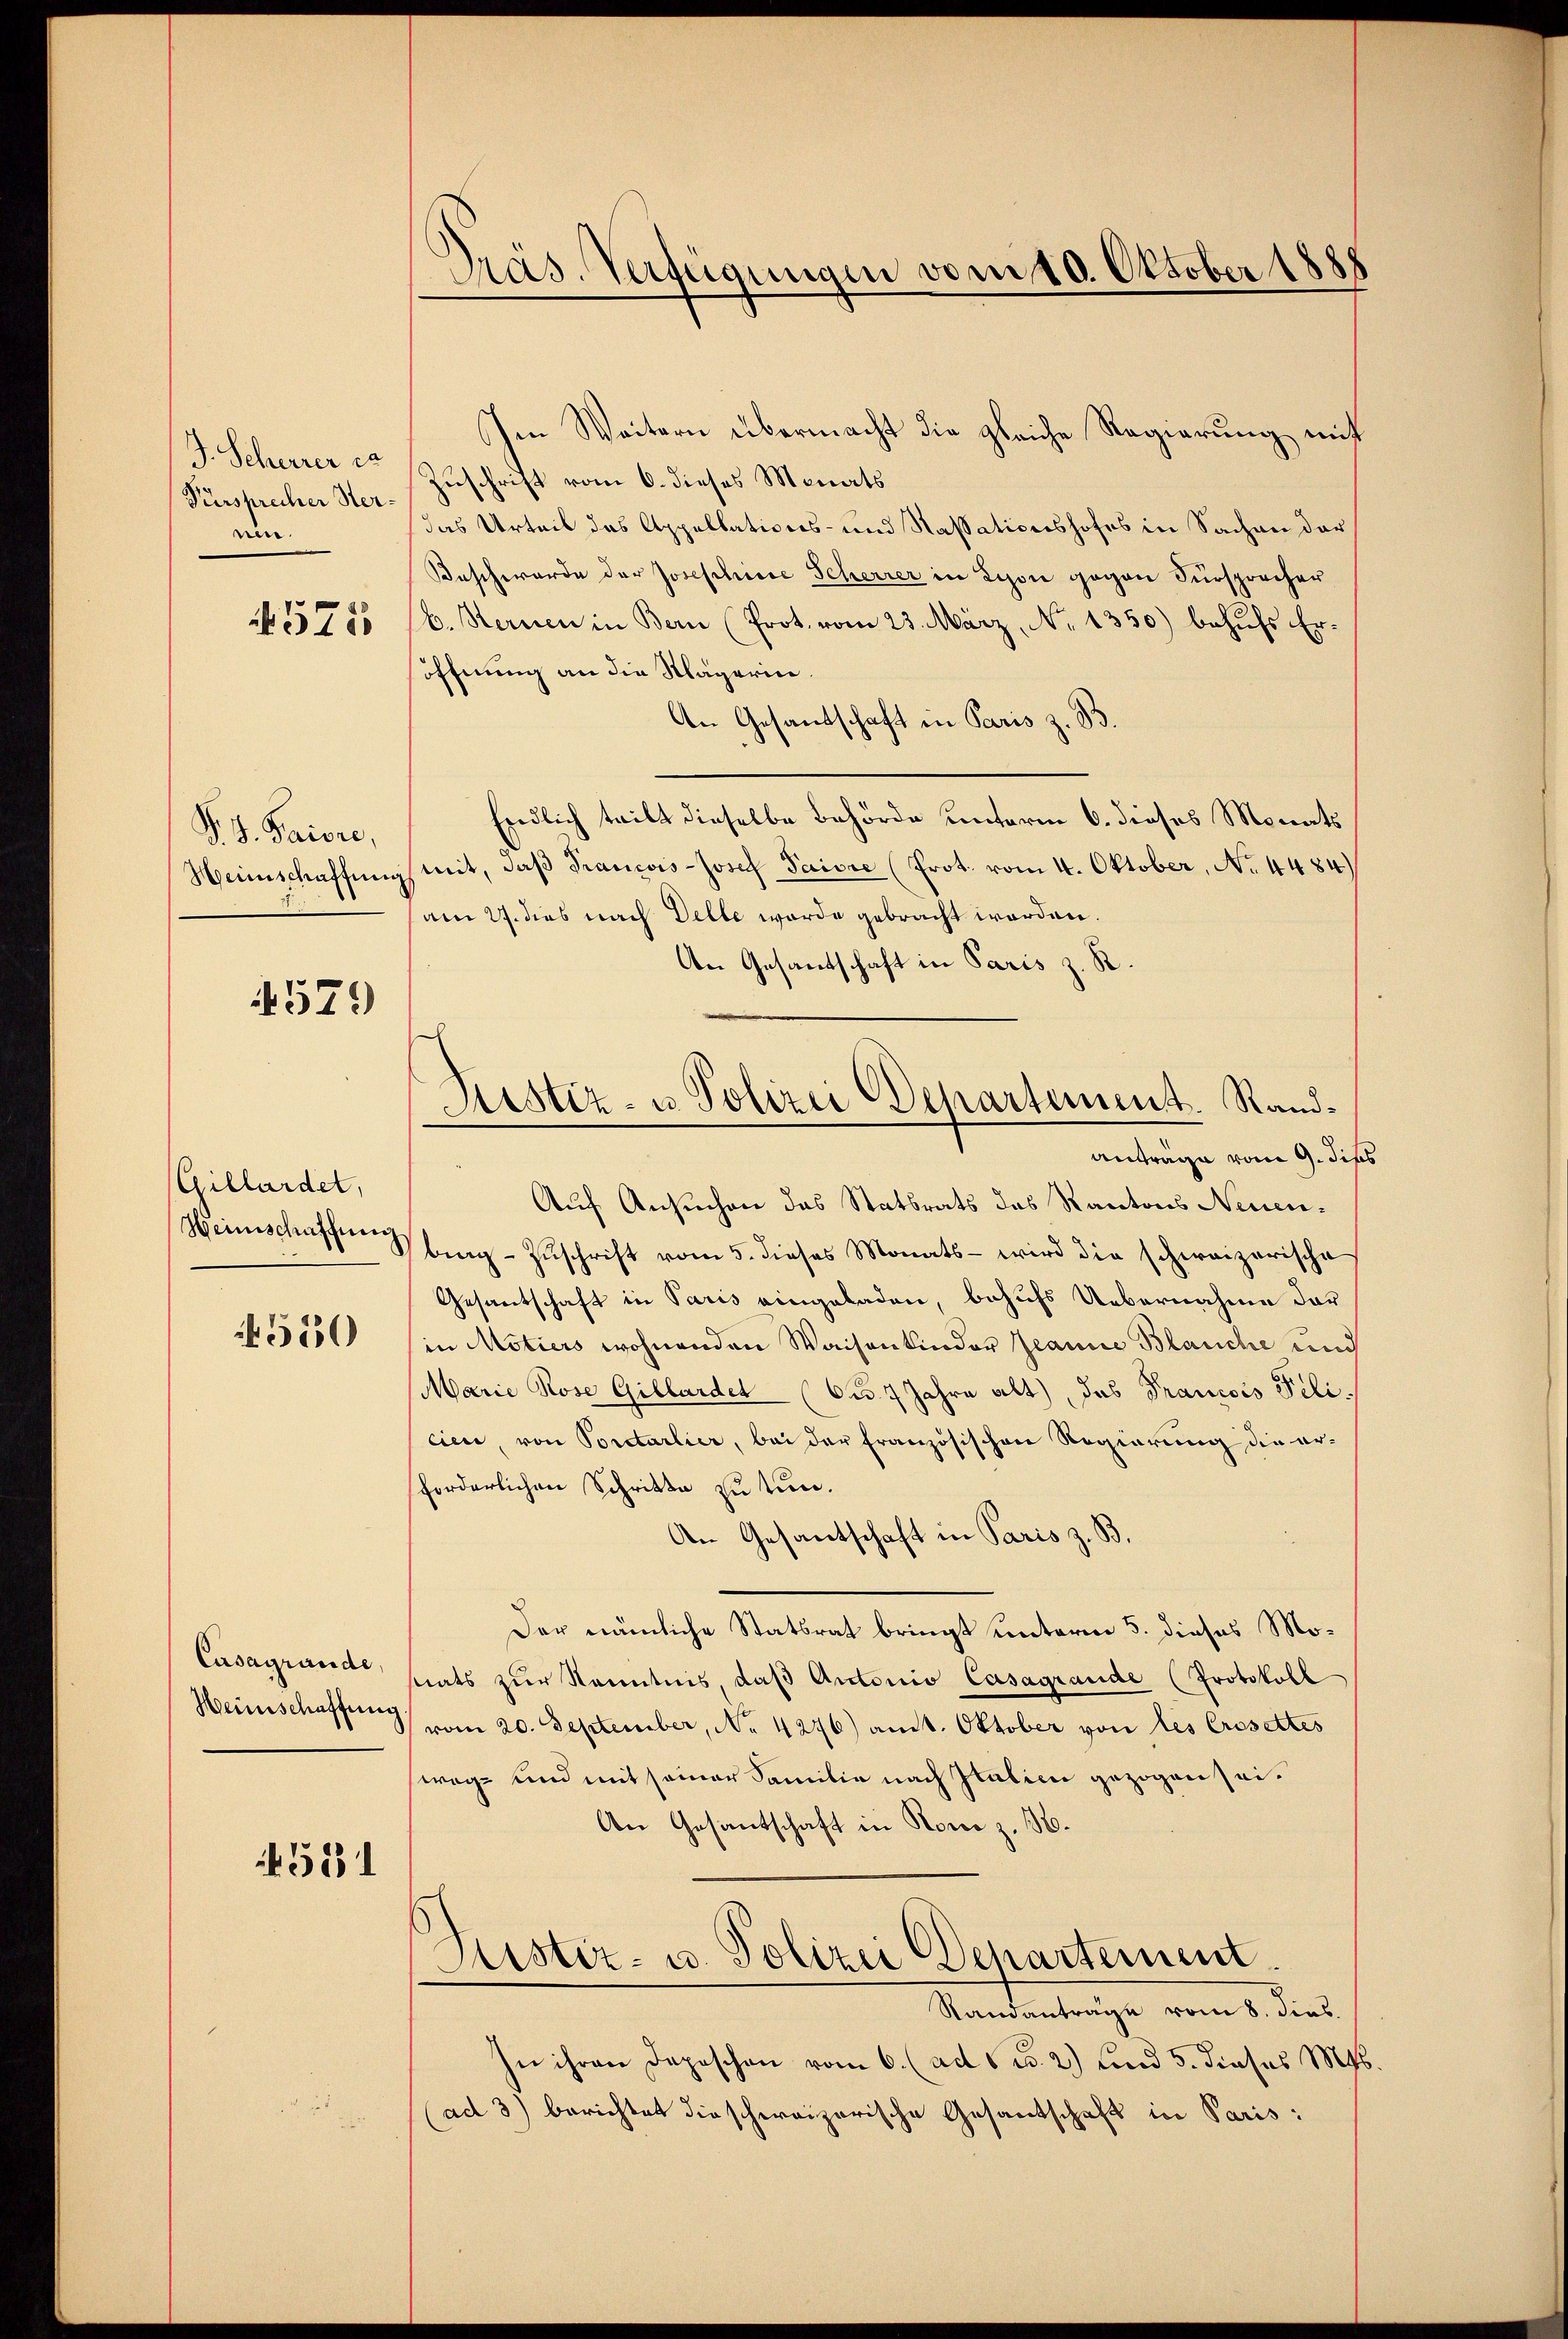
J. Scherer ca
Fürsprecher Ster.
nen.
4571

P. J. Paiore,
Heimschaffung

4579

Gillardet,
Heinschaffung

550

Casagrande,
Heimschaffung

581

Präs. Verfügungen vom 10. Oktober 1885

Justiz- u Polizei Departement. Rand¬

Im Weitern übermacht die gleiche Regierung mit
Zuschrift vom 6. dieses Monats
das Urteil des Appellations- und Kassationshofes in Sachen der
Beschwerde der Josephine Scherrer in Lyon gegen Fürsprocher
b. Sternen in Bern (Prot. vom 23. März, No 1350) behufs Eröffnung an die Mägerin.
An Gesandschaft in Paris z. B.
Endlich tritt dieselbe Behörde unterm 6. dieses Monats
mit, daß Francois-Josef Parisie (Prot. vom 4. Oktober, No. 4484)
am 27. dies nach Delle werde gebracht worden.
An Gesandschaft in Paris z. R.
anträge vom 9. diß
Auf Ansuchen das Statsrats des Kantons Neuenbing Zŭschrift vom 5. dieses Monats wird die schweizerische
Gesantschaft in Paris eingeladen, behufs Uebernahme der
in Motiers wohnenden Waisenkinder Jeanne Blauche und
Marie Rose Gillardel (Ct. 7 Jahre alt, das Francois Filicien, von Portarlier, bei der französischen Regierung die erforderlichen Schritte zu tun.
An Gesantschaft in Paris z. B.
Der nämliche Statsrat bringt unterm 5. dieses Mosats zŭr Kenntnis, daβ Antonio Casagrande (Protokoll
vom 20. September, No. 4276) am 1. Oktober von les Crosettes
wege und mit seiner Familie nach Italien gezogen sei.
An Gesantschaft in Rom z. 16.
Justiz- u. Polizei Departement
Standanträge vom 8. dies
In ihren Deposchen vom 6. (ad 6 u. 2) und 5. dieses M
(ad 3) berichtet die schweizerische Gesantschaft in Paris: